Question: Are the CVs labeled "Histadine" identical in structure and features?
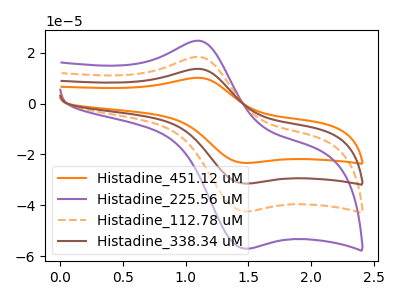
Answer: <think>The orange curve "Histadine_451.12 uM" has an anodic peak at (1.10V, 54.95uA) and a cathodic peak at (1.45V, -126.85uA). The purple curve "Histadine_225.56 uM" has an anodic peak at (1.10V, 24.65uA) and a cathodic peak at (1.45V, -56.95uA). The orange dashed curve "Histadine_112.78 uM" has an anodic peak at (1.10V, 18.30uA) and a cathodic peak at (1.45V, -42.30uA). The brown curve "Histadine_338.34 uM" has an anodic peak at (1.10V, 36.65uA) and a cathodic peak at (1.45V, -84.55uA).
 All the peaks in "Histadine_451.12 uM" have a peak in "Histadine_225.56 uM" at the same potential. Every peak in "Histadine_451.12 uM" is higher than every peak in "Histadine_225.56 uM". All the peaks in "Histadine_451.12 uM" have a peak in "Histadine_112.78 uM" at the same potential. Every peak in "Histadine_451.12 uM" is higher than every peak in "Histadine_112.78 uM". All the peaks in "Histadine_451.12 uM" have a peak in "Histadine_338.34 uM" at the same potential. Every peak in "Histadine_451.12 uM" is higher than every peak in "Histadine_338.34 uM". All the peaks in "Histadine_225.56 uM" have a peak in "Histadine_112.78 uM" at the same potential. Every peak in "Histadine_225.56 uM" is higher than every peak in "Histadine_112.78 uM". All the peaks in "Histadine_225.56 uM" have a peak in "Histadine_338.34 uM" at the same potential. Every peak in "Histadine_225.56 uM" is lower than every peak in "Histadine_338.34 uM". All the peaks in "Histadine_112.78 uM" have a peak in "Histadine_338.34 uM" at the same potential. Every peak in "Histadine_112.78 uM" is lower than every peak in "Histadine_338.34 uM".</think>
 <answer>All the CV's of "Histadine" have similar shape.</answer>
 <eval>follow_rule</eval>